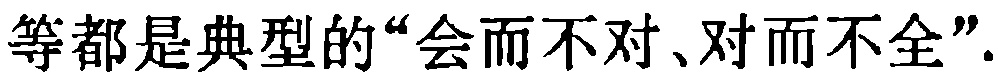
等都是典型的“会而不对、对而不全”.